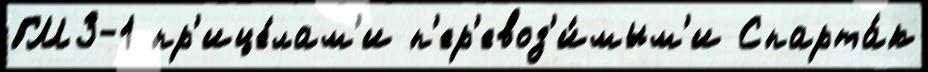
ГМЗ-1 пр'ице́лам'и п'ер'евоз'и́мым'и Спарта́к